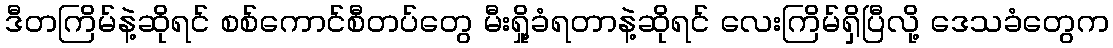
ဒီတကြိမ်နဲ့ဆိုရင် စစ်ကောင်စီတပ်တွေ မီးရှို့ခံရတာနဲ့ဆိုရင် လေးကြိမ်ရှိပြီလို့ ဒေသခံတွေက